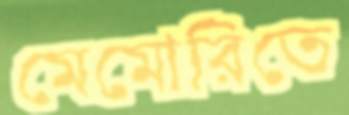
মেমোরিতে